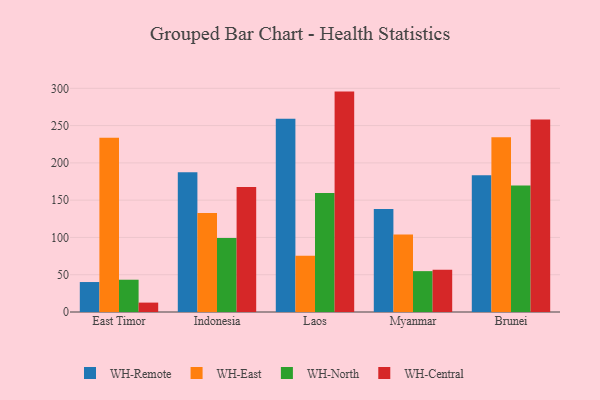
{"axis": {"x": "Country", "y": "Waste Production (Tons)"}, "legend": ["WH-Central", "WH-East", "WH-North", "WH-Remote"], "data": [{"x": "East Timor", "y": 40.2, "type": "WH-Remote"}, {"x": "East Timor", "y": 233.6, "type": "WH-East"}, {"x": "East Timor", "y": 43.3, "type": "WH-North"}, {"x": "East Timor", "y": 12.6, "type": "WH-Central"}, {"x": "Indonesia", "y": 187.5, "type": "WH-Remote"}, {"x": "Indonesia", "y": 132.7, "type": "WH-East"}, {"x": "Indonesia", "y": 99.3, "type": "WH-North"}, {"x": "Indonesia", "y": 167.5, "type": "WH-Central"}, {"x": "Laos", "y": 259.3, "type": "WH-Remote"}, {"x": "Laos", "y": 75.3, "type": "WH-East"}, {"x": "Laos", "y": 159.5, "type": "WH-North"}, {"x": "Laos", "y": 295.6, "type": "WH-Central"}, {"x": "Myanmar", "y": 138.1, "type": "WH-Remote"}, {"x": "Myanmar", "y": 103.9, "type": "WH-East"}, {"x": "Myanmar", "y": 54.8, "type": "WH-North"}, {"x": "Myanmar", "y": 56.5, "type": "WH-Central"}, {"x": "Brunei", "y": 183.5, "type": "WH-Remote"}, {"x": "Brunei", "y": 234.3, "type": "WH-East"}, {"x": "Brunei", "y": 169.8, "type": "WH-North"}, {"x": "Brunei", "y": 258.1, "type": "WH-Central"}]}